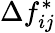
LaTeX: \Delta f_{ij}^{*}